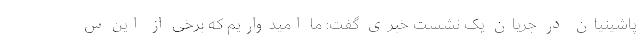
پاشینیان در جریان یک نشست خبری گفت: ما امیدواریم که برخی از این س